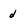
Character: d